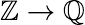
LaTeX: \mathbb{Z}\to\mathbb{Q}